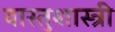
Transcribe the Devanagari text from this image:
वास्‍तुशास्‍त्री